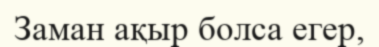
Заман ақыр болса егер,